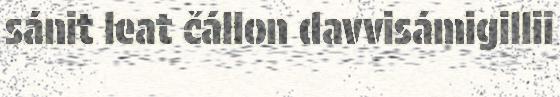
sánit leat čállon davvisámigillii